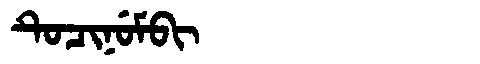
Manchu: ᡨᡠᠴᡳᠨᡠᠮᠪᡳ
Romanization: TUCINUMBI